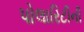
પોલારિટીની